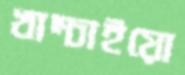
খাম্‌চাইয়ো